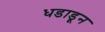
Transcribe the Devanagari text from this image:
धडाडून